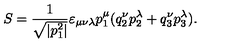
S = \frac { 1 } { \sqrt { | p _ { 1 } ^ { 2 } | } } \varepsilon _ { \mu \nu \lambda } p _ { 1 } ^ { \mu } ( q _ { 2 } ^ { \nu } p _ { 2 } ^ { \lambda } + q _ { 3 } ^ { \nu } p _ { 3 } ^ { \lambda } ) { . }